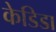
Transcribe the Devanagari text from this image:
केडिडा